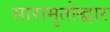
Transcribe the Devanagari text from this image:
सारामृतोद्धार